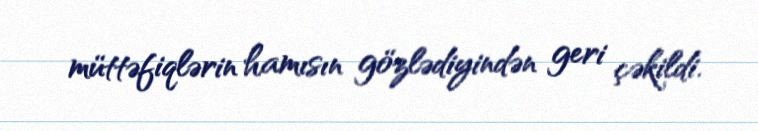
müttəfiqlərin hamısın gözlədiyindən geri çəkildi.